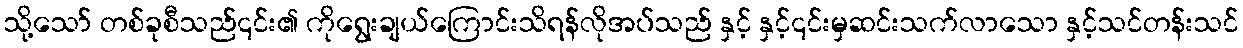
သို့သော် တစ်ခုစီသည်၎င်း၏ ကိုရွေးချယ်ကြောင်းသိရန်လိုအပ်သည် နှင့် နှင့်၎င်းမှဆင်းသက်လာသော နှင့်သင်တန်းသင်